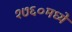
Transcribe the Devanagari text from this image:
१७६०मध्ये